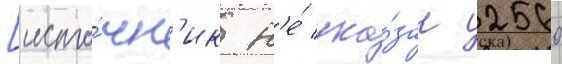
[исто́чн'ик н'е́ ука́зан 2560